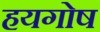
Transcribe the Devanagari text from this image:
हयगोष